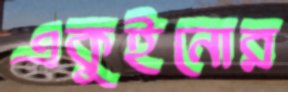
একুইনোর